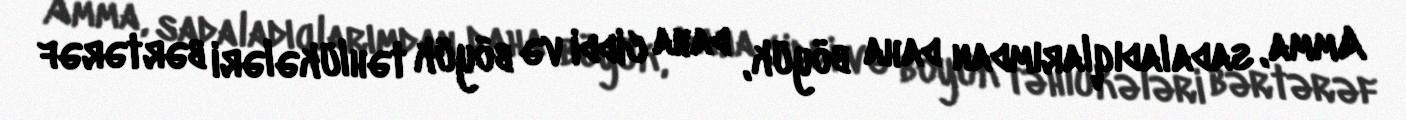
Amma, sadaladıqlarımdan daha böyük, daha ciddi və böyük təhlükələri bərtərəf